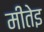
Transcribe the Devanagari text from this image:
मीतेइ